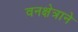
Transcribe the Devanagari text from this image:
वनक्षेत्राने